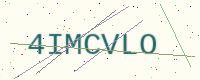
Text: 4IMCVLO